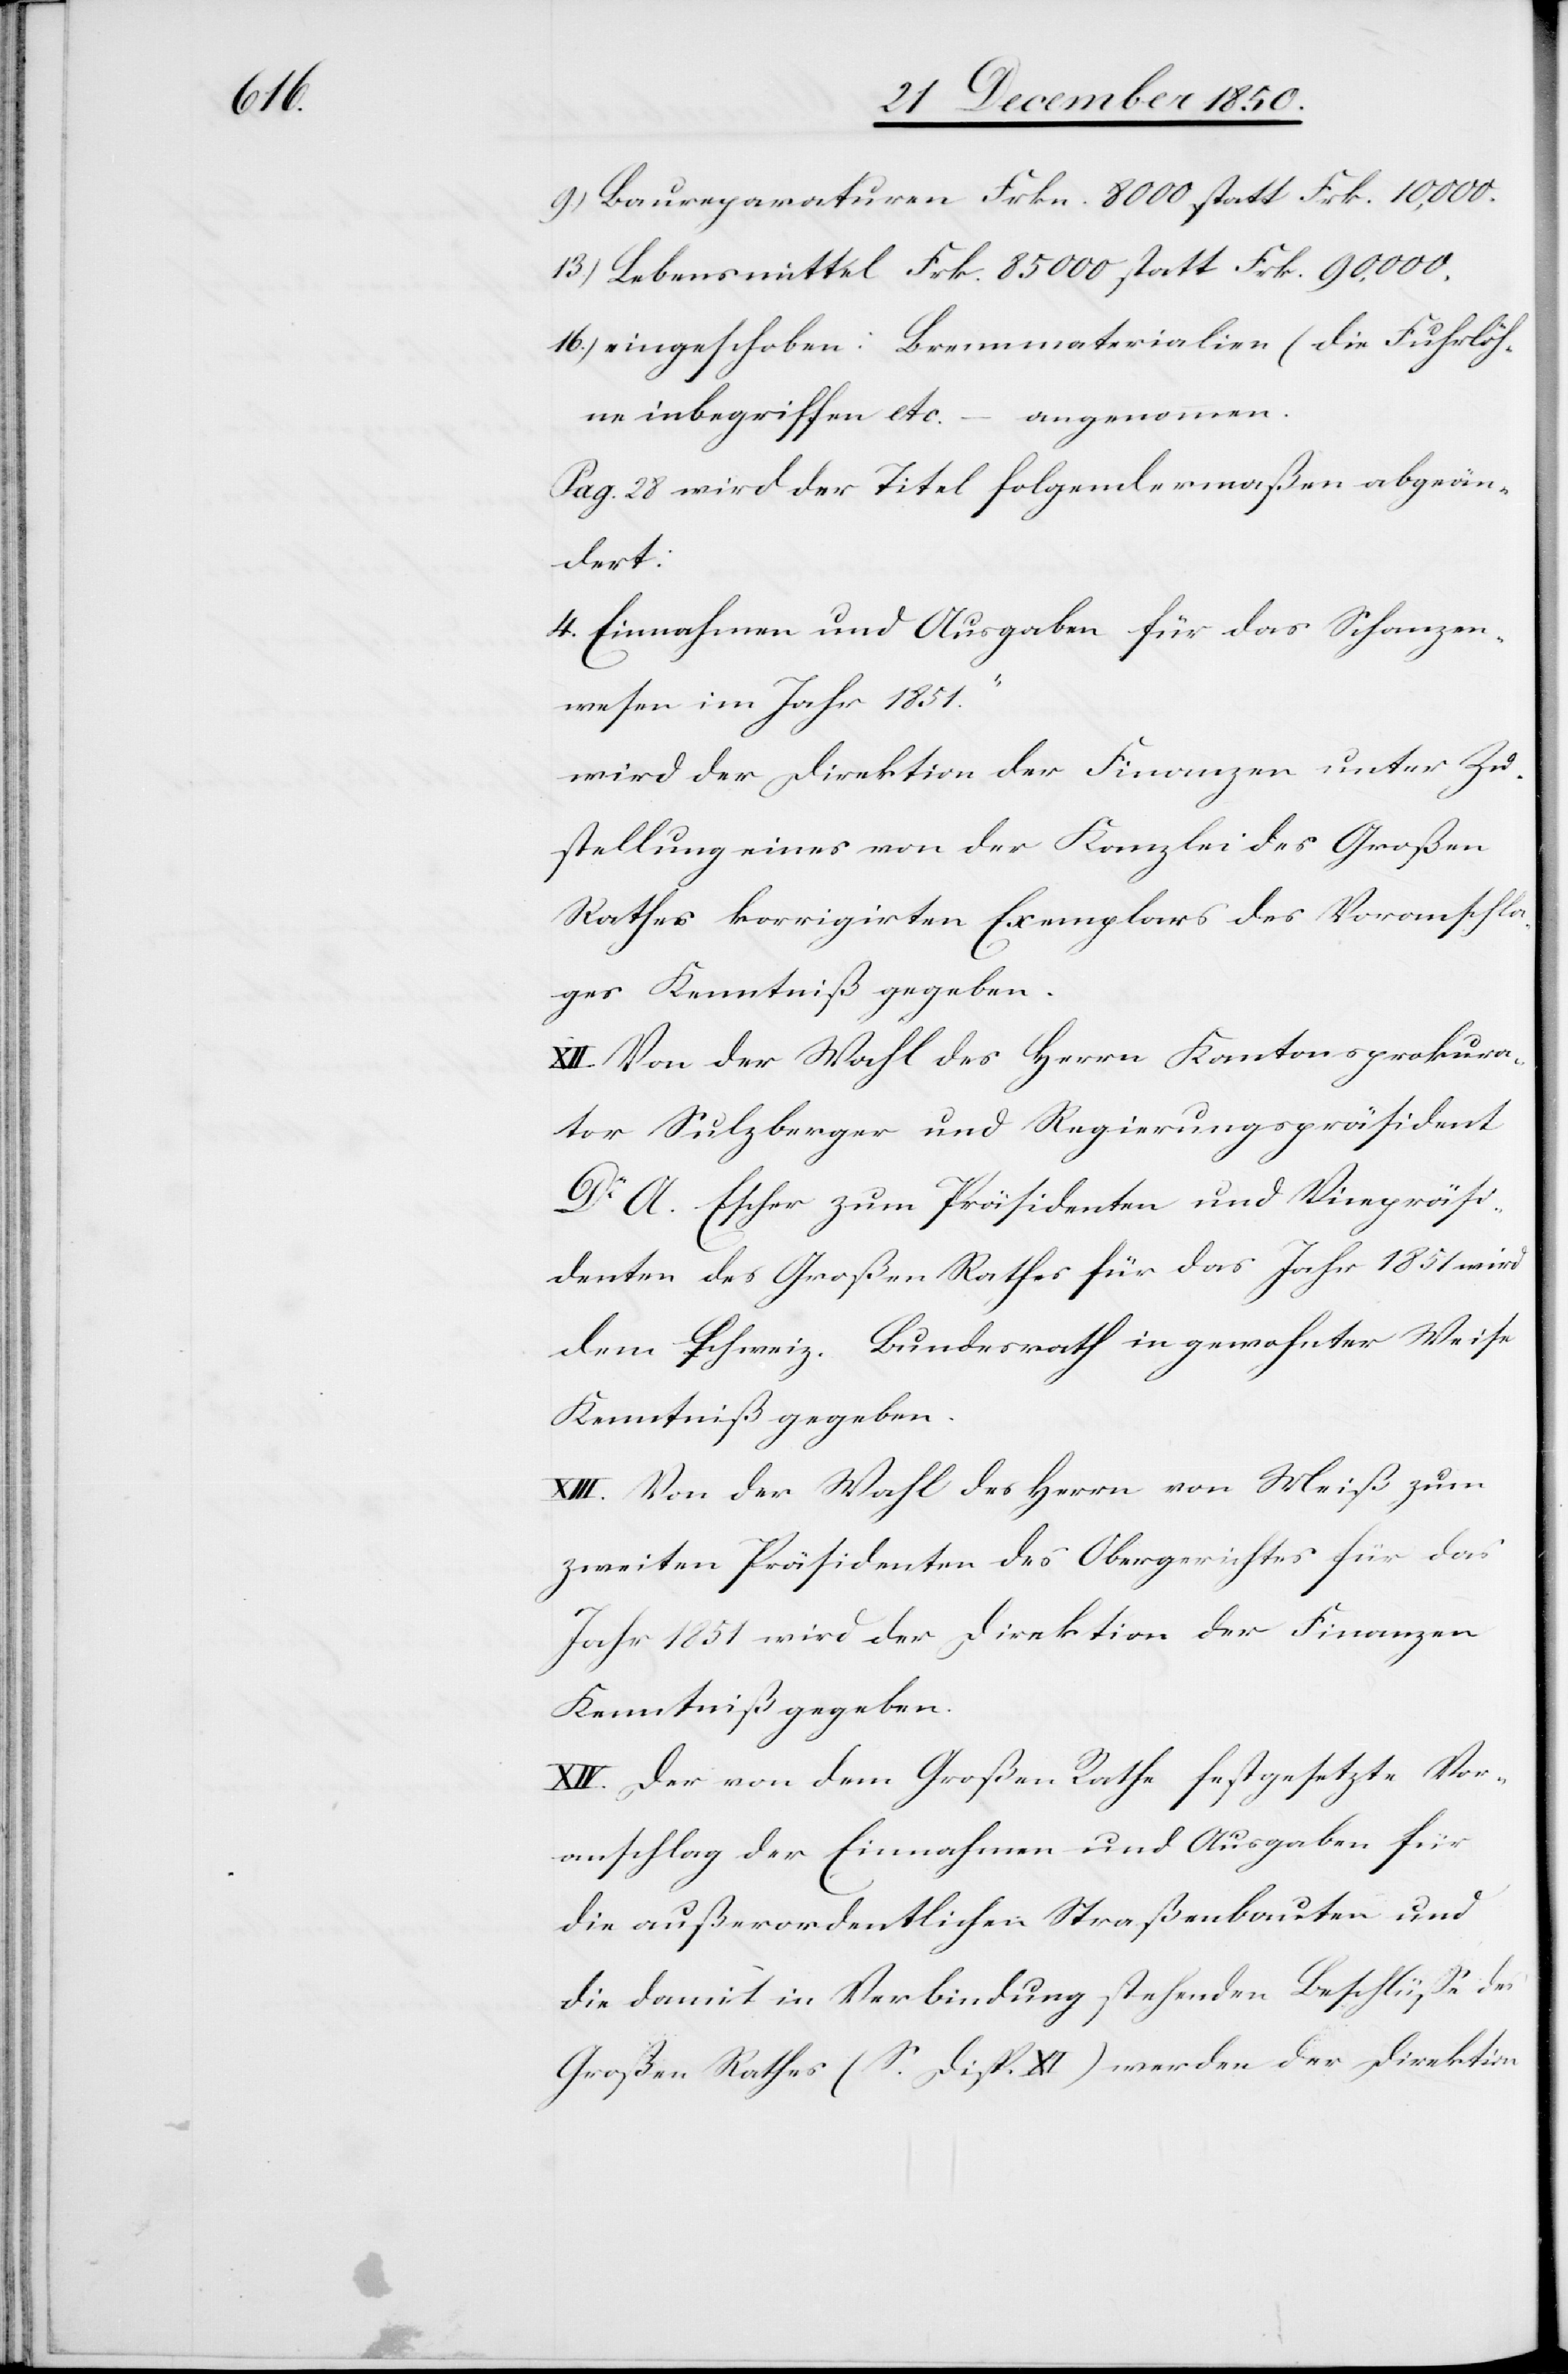
9.) Baureparaturen Frkn. 8000 statt Frk. 10,000.
13.) Lebensmittel Frk. 85 000 statt Frk. 90,000.
16.) eingeschoben: Brennmaterialien (die Fuhrlöh¬
ne inbegriffen etc.[)] – angenommen.
Pag. 28 wird der Titel folgendermaßen abgeän¬
dert:
4. Einnahmen und Ausgaben für das „Schanzen¬
wesen im Jahr 1851.“
wird der Direktion der Finanzen unter Zu¬
stellung eines von der Kanzlei des Großen
Rathes korrigirten Exemplars des Voranschla¬
ges Kenntniß gegeben.
XII. Von der Wahl des Herrn Kantonsprokura¬
tor Sulzberger und Regierungspräsident
Dr A. Escher zum Präsidenten und Vicepräsi¬
denten des Großen Rathes für das Jahr 1851 wird
dem schweiz. Bundesrath in gewohnter Weise
Kenntniß gegeben.
XIII. Von der Wahl des Herrn von Meiß zum
zweiten Präsidenten des Obergerichtes für das
Jahr 1851 wird der Direktion der Finanzen
Kenntniß gegeben.
XIV. Der von dem Großen Rathe festgesetzte Vor¬
anschlag der Einnahmen und Ausgaben für
die außerordentlichen Straßenbauten und
die damit in Verbindung stehenden Beschlüsse des
Großen Rathes (S. Disp. XI) werden der Direktion